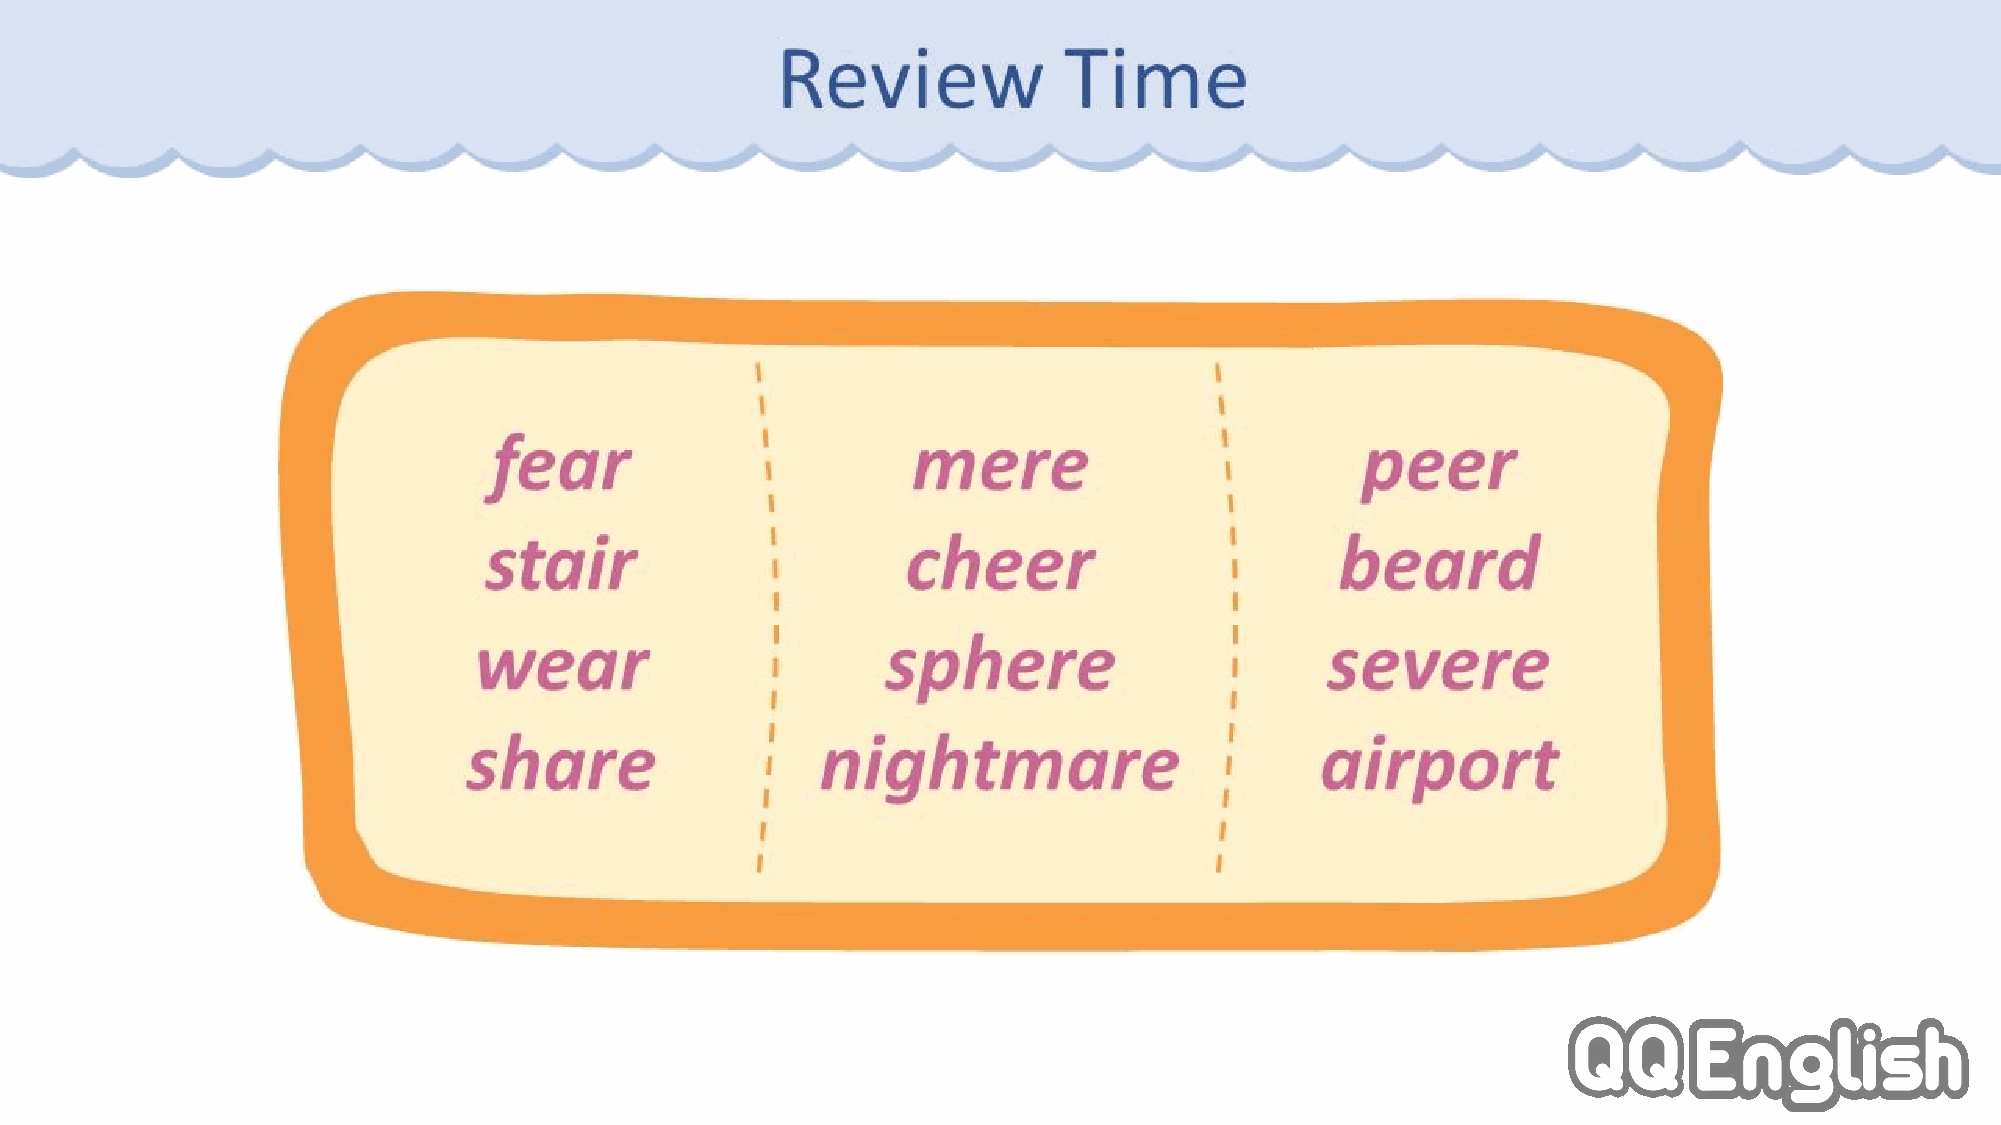
Review             Time
 fear                       mere                          peer
 stair                       cheer                        beard
 wear                        sphere                       severe
 share                  nightmare                        airport